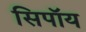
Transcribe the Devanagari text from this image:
सिपॉय